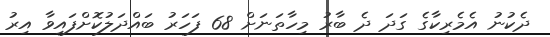
ދެކުނު އެމެރިކާގެ ގަދަ ދެ ބާރު މިހާތަނަށް 68 ފަހަރު ބައްދަލުކޮށްފައިވާ އިރު